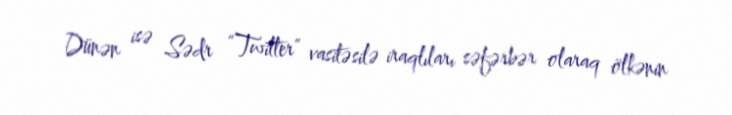
Dünən isə Sədr “Twitter” vasitəsilə iraqlıları səfərbər olaraq ölkənin